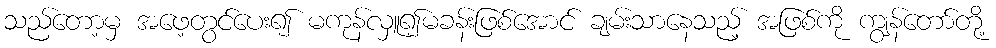
သည်တော့မှ အဖေ့တွင်ပေး၍ မကုန်လှူ၍မခန်းဖြစ်အောင် ချမ်းသာနေသည့် အဖြစ်ကို ကျွန်တော်တို့